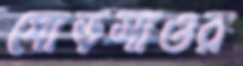
ঘোড়সাওর